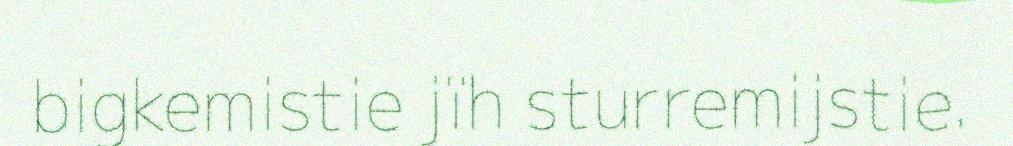
bigkemistie jïh sturremijstie.